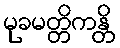
မုခမတ္တိကန္တိ